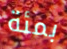
بمئة